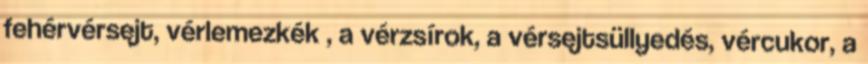
fehérvérsejt, vérlemezkék , a vérzsírok, a vérsejtsüllyedés, vércukor, a